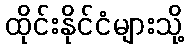
ထိုင်းနိုင်ငံများသို့